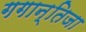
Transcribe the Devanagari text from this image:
गगान्तिजा